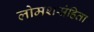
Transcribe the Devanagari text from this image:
लोमशसंहिता